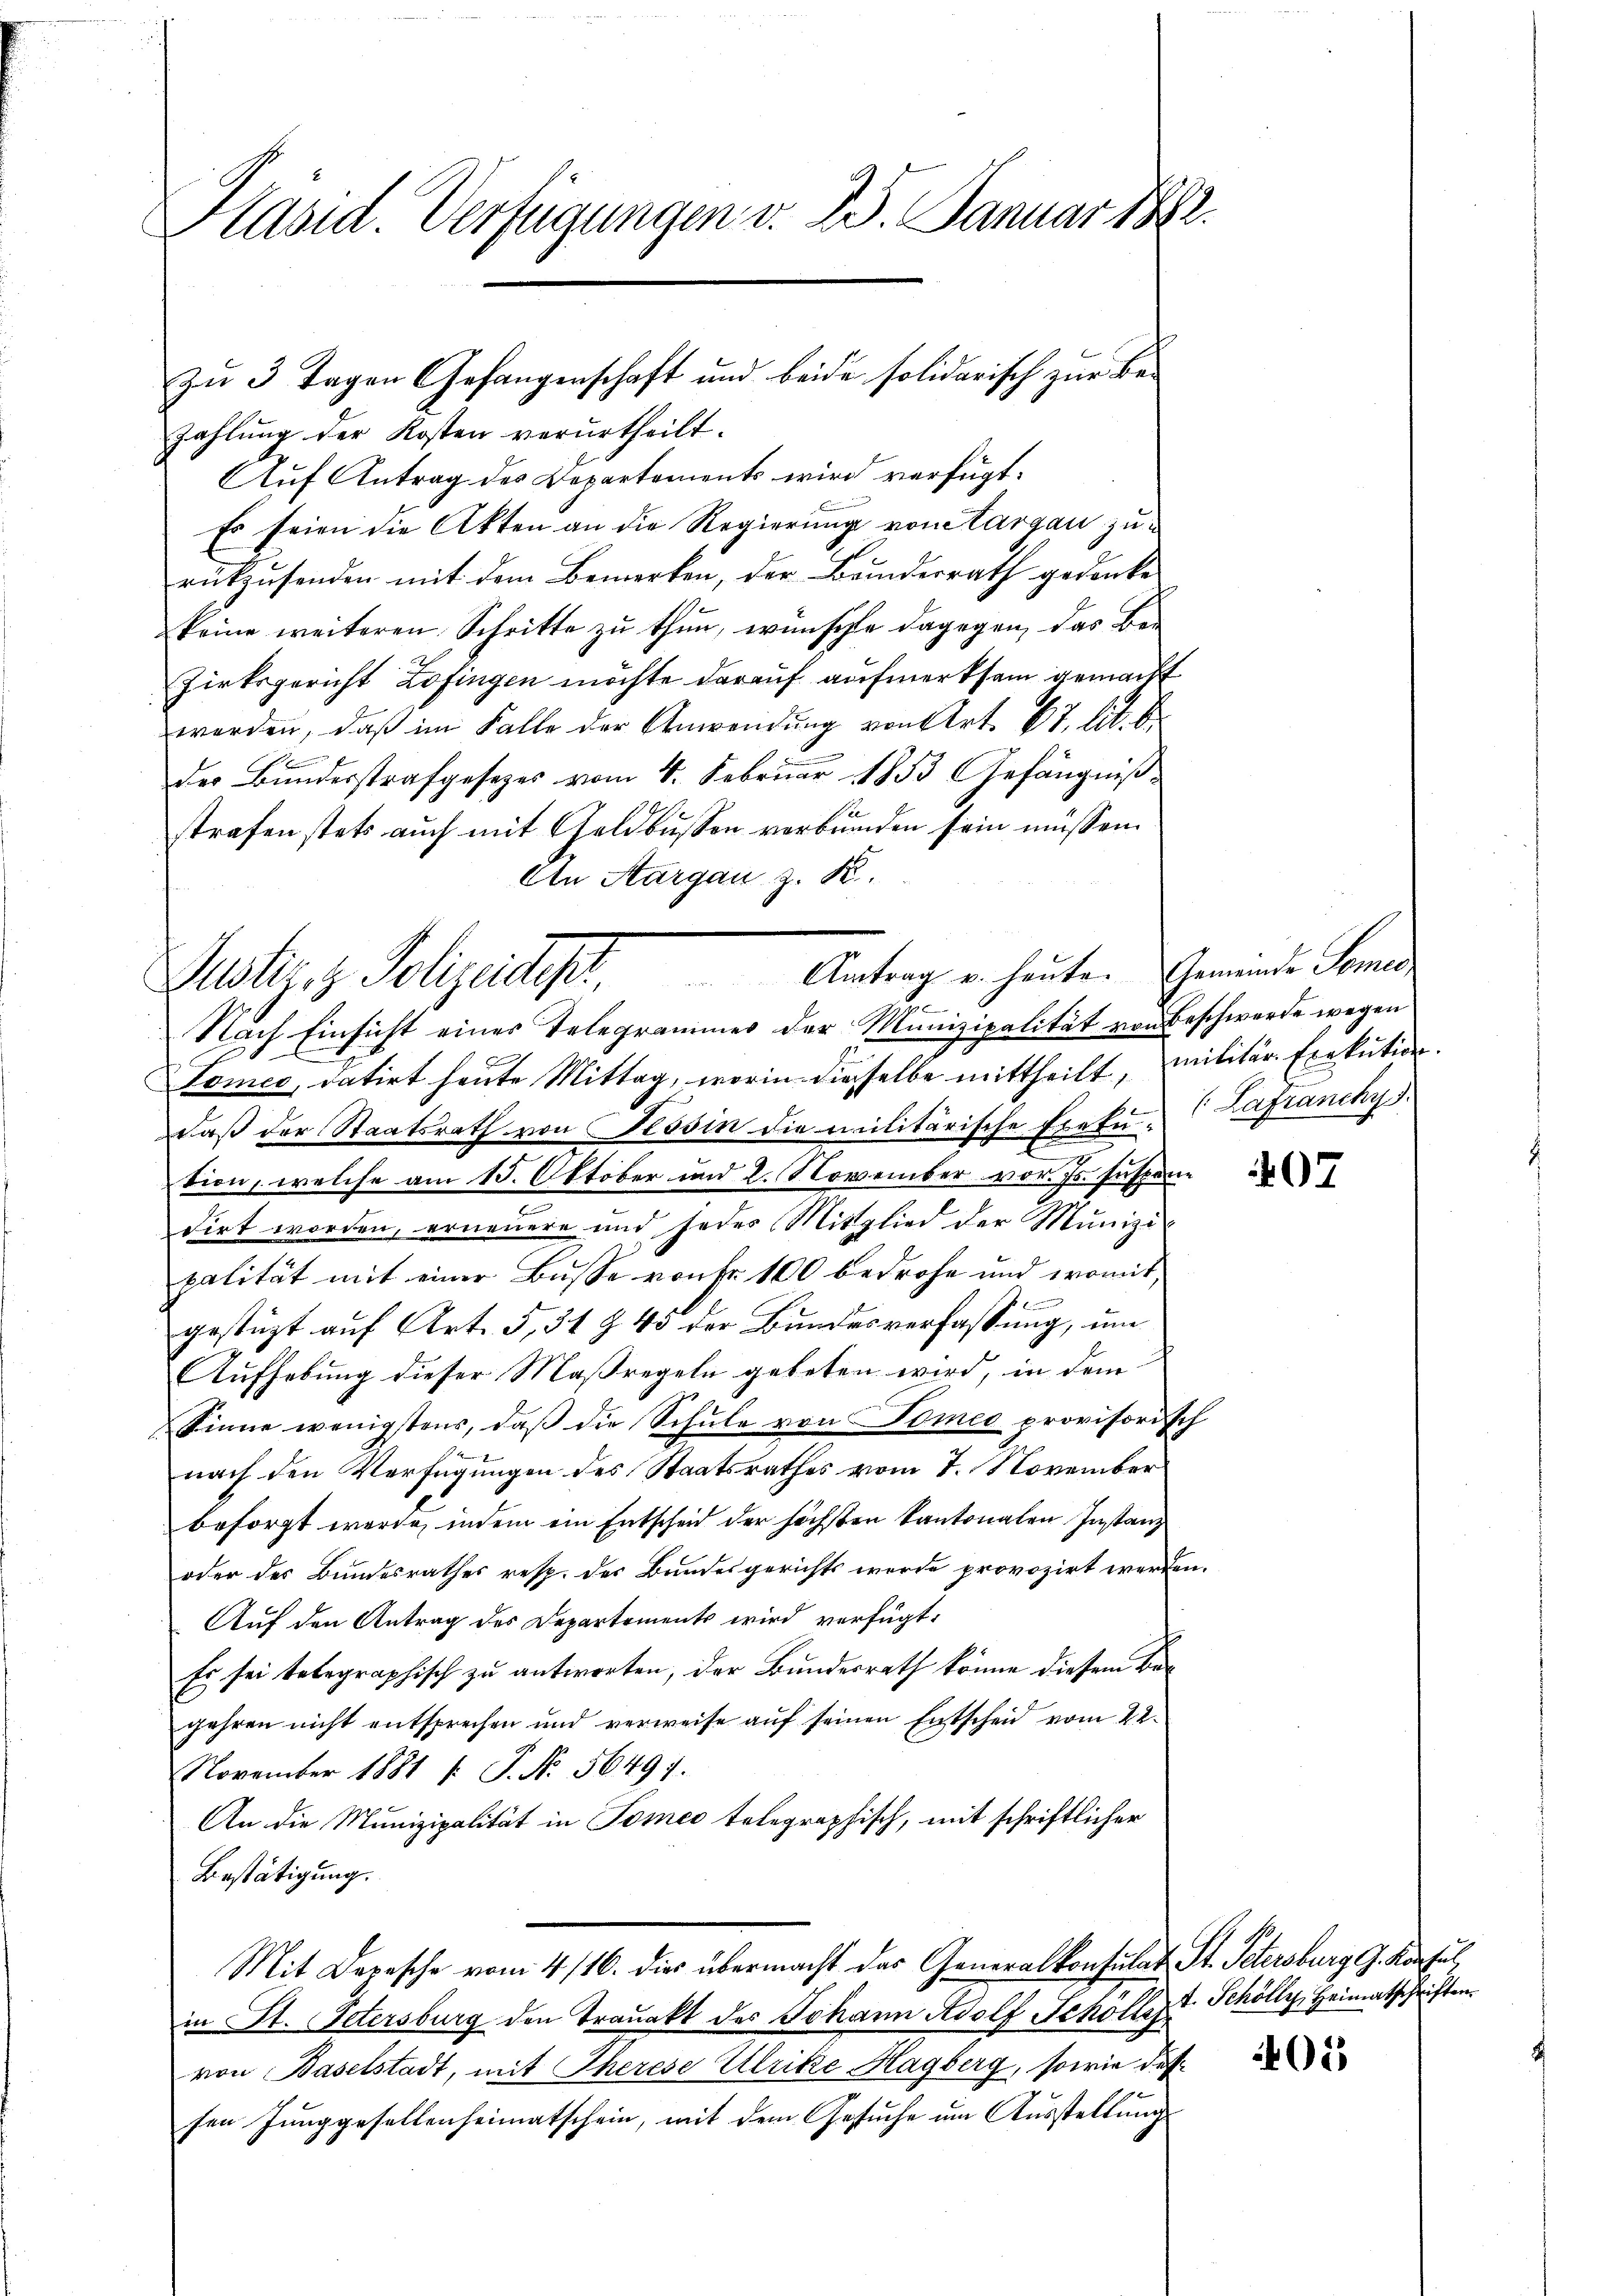
Kasid. Verfügungen v. 25. Januar 1882.

zahlung der Kosten verurtheilt.
Auf Antrag des Departements wird verfügt:
Es seien die Akten an die Regierung von Aargau zurükzusenden mit dem Bemerken, der Bundesrath gedancke
keine weiteren Schritte zu thun, wünschte dagegen, das Be¬
Zirksgericht Zofingen möchte darauf aufmerksam gemacht
worden, daß im Falle der Anwendung von Art. 67, lit. B
der Bundesstrafgesezes vom 4. Februar 1853 Gefängnißstrafen stets auch mit Geldbussen verbrunden sein müssen.
An Aargau z. K.

zu 3 Tagen Gefangenschaft und beide solidarisch zur Be¬

Suskirch Holzeither Anton erheiten
e
Nach Einsicht eines Telegrammes der Munizipalität von Beschwerde wegen

Gemeinde Pomer,
(Lafranchy

Somer, datirt heute Mittag, worin dieselbe mittheilt, militär- Exekution.
daß der Staatsrath von Tessin die militärische Exekution, welche am 15. Oktober und 2. November vor. Js. suspen
dirt worden, erneuere und jeder Mitglied der Munizipalität mit einer Busse von Fr. 100 bedrohe und womit,
gestützt auf Art. 5, 31 § 45 der Bundesverfassung, um
Aufhebung dieser Maßregeln gebeten wird, in dem
Sinne wenigstens, daβ die Schule von Somer provisorisch
nach den Verfügungen des Staatsrathes vom 7. November
besorgt werde, indem ein Entscheid der höchsten Kantonalen Instanz
oder des Bundesrathes resp. des Bundesgerichts werde provozirt werden.
Auf den Antrag des Departements wird verfügt:
Es sei telegraphisch zu antworten, der Bundesrath könne diesem Begehren nicht entsprechen und verweise aŭf seinen Entscheid vom 22.
November 1881 [ P. Nr. 56491.
An die Munizipalität in Tomeo telegraphisch, mit schriftlicher
Bestätigung.
Mit Depesche vom 4/16. die übermacht das Generalkonsulat St. Petersburg G. Konsul
in St. Petersburg den Traŭakt des Johann Adolf Schölligt. Schölly, Heimatschriften.
von Baselstadt, mit Therese Ulrike Hagberg, sowie des
sen Junggesellenheimatschein, mit dem Gesuche um Ausstellung

407

05